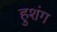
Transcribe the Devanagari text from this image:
हुशंग